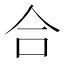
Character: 合